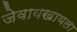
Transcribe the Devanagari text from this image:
जेवायखायला